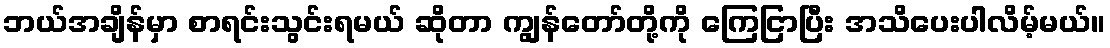
ဘယ်အချိန်မှာ စာရင်းသွင်းရမယ် ဆိုတာ ကျွန်တော်တို့ကို ကြေငြာပြီး အသိပေးပါလိမ့်မယ်။